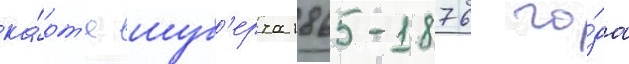
ка́рт'е шуб'ерта 1865-1876 го́да